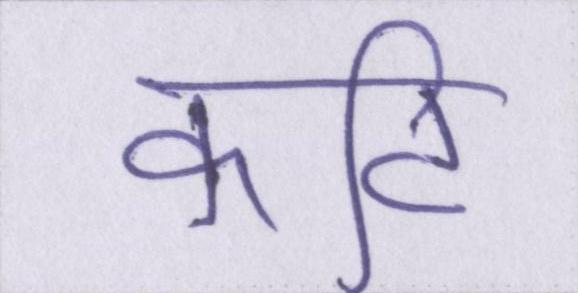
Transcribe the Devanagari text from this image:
कटि